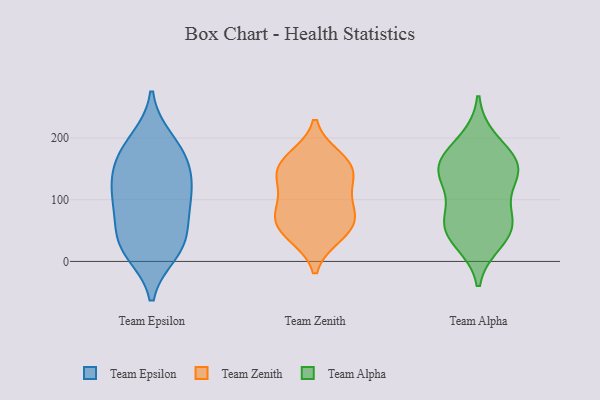
{"axis": {"x": "Budget (USD K)", "y": "Value"}, "legend": ["Team Alpha", "Team Epsilon", "Team Zenith"], "data": [{"x": "", "y": 181, "type": "Team Epsilon"}, {"x": "", "y": 30, "type": "Team Epsilon"}, {"x": "", "y": 16, "type": "Team Epsilon"}, {"x": "", "y": 196, "type": "Team Epsilon"}, {"x": "", "y": 153, "type": "Team Epsilon"}, {"x": "", "y": 85, "type": "Team Epsilon"}, {"x": "", "y": 106, "type": "Team Epsilon"}, {"x": "", "y": 167, "type": "Team Epsilon"}, {"x": "", "y": 117, "type": "Team Epsilon"}, {"x": "", "y": 33, "type": "Team Epsilon"}, {"x": "", "y": 27, "type": "Team Epsilon"}, {"x": "", "y": 83, "type": "Team Epsilon"}, {"x": "", "y": 133, "type": "Team Epsilon"}, {"x": "", "y": 145, "type": "Team Zenith"}, {"x": "", "y": 167, "type": "Team Zenith"}, {"x": "", "y": 43, "type": "Team Zenith"}, {"x": "", "y": 157, "type": "Team Zenith"}, {"x": "", "y": 86, "type": "Team Zenith"}, {"x": "", "y": 78, "type": "Team Zenith"}, {"x": "", "y": 144, "type": "Team Zenith"}, {"x": "", "y": 61, "type": "Team Zenith"}, {"x": "", "y": 51, "type": "Team Zenith"}, {"x": "", "y": 114, "type": "Team Zenith"}, {"x": "", "y": 139, "type": "Team Alpha"}, {"x": "", "y": 141, "type": "Team Alpha"}, {"x": "", "y": 60, "type": "Team Alpha"}, {"x": "", "y": 195, "type": "Team Alpha"}, {"x": "", "y": 84, "type": "Team Alpha"}, {"x": "", "y": 160, "type": "Team Alpha"}, {"x": "", "y": 158, "type": "Team Alpha"}, {"x": "", "y": 149, "type": "Team Alpha"}, {"x": "", "y": 55, "type": "Team Alpha"}, {"x": "", "y": 52, "type": "Team Alpha"}, {"x": "", "y": 33, "type": "Team Alpha"}]}